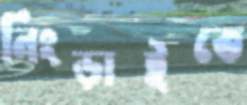
নিংড়াইতে